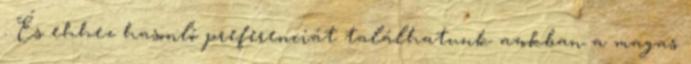
. És ehhez hasonló preferenciát találhatunk azokban a magas